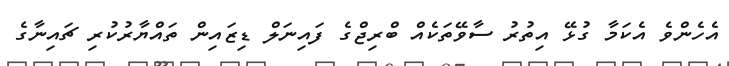
އެހެންވެ އެކަމާ ގުޅޭ އިތުރު ސާވޭތަކެއް ބްރިޖްގެ ފައިނަލް ޑިޒައިން ތައްޔާރުކުރި ޗައިނާގެ